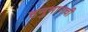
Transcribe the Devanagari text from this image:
हनुमानची